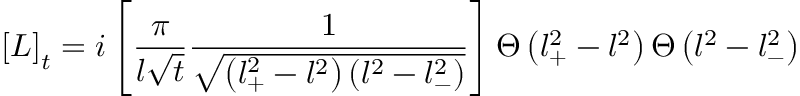
\left[ { \cal L } \right] _ { t } = i \left[ \frac { \pi } { l \sqrt { t } } \frac { 1 } { \sqrt { \left( l _ { + } ^ { 2 } - l ^ { 2 } \right) \left( l ^ { 2 } - l _ { - } ^ { 2 } \right) } } \right] \Theta \left( l _ { + } ^ { 2 } - l ^ { 2 } \right) \Theta \left( l ^ { 2 } - l _ { - } ^ { 2 } \right)